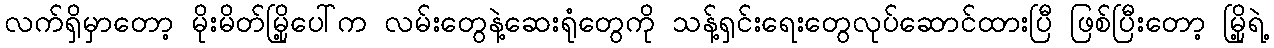
လက်ရှိမှာတော့ မိုးမိတ်မြို့ပေါ်က လမ်းတွေနဲ့ဆေးရုံတွေကို သန့်ရှင်းရေးတွေလုပ်ဆောင်ထားပြီ ဖြစ်ပြီးတော့ မြို့ရဲ့